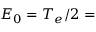
E _ { 0 } = T _ { e } / 2 =